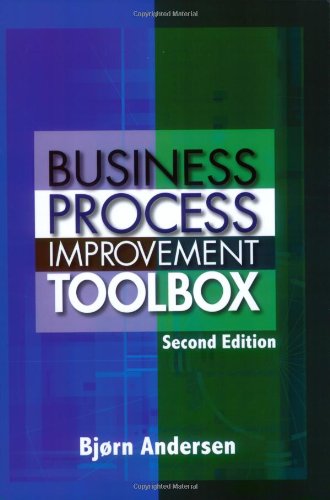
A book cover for Business Process Improvement Toolbox, Second Edition; Andersen; Business & Money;